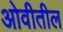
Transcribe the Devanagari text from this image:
ओवीतील